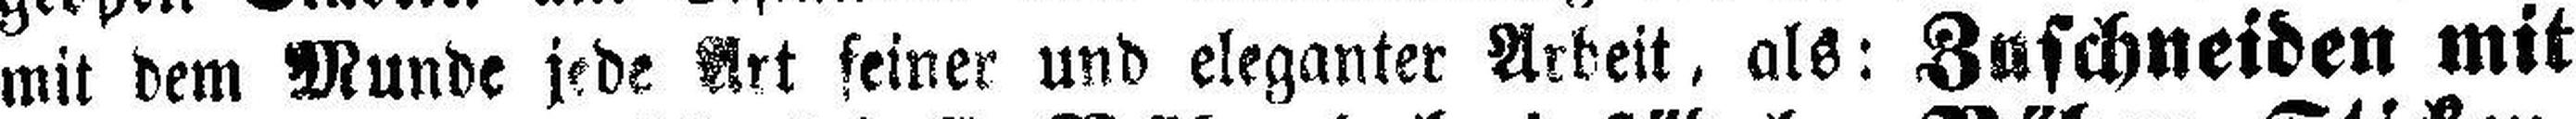
mit dem Munde jede Art feiner und eleganter Arbeit, als: Zuschneiden mit